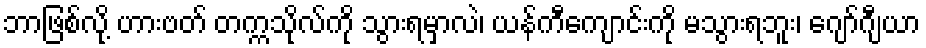
ဘာဖြစ်လို့ ဟားဗတ် တက္ကသိုလ်ကို သွားရမှာလဲ၊ ယန်ကီကျောင်းကို မသွားရဘူး၊ ဂျော်ဂျီယာ